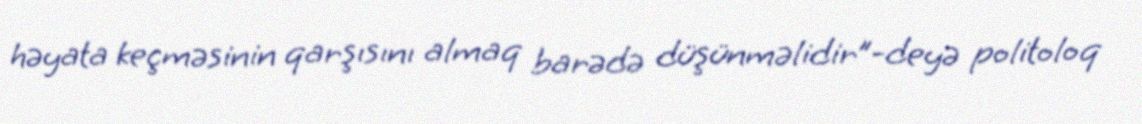
həyata keçməsinin qarşısını almaq barədə düşünməlidir”-deyə politoloq